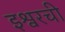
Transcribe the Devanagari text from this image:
इश्वरची